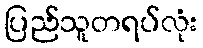
ပြည်သူတရပ်လုံး